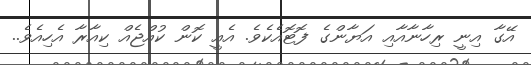
އޭގާ އިނީ ރިހާނާއާއި އަޔާންގެ ފޮޓޮއެކެވެ. އެއީ ކޮން ކުއްޖެއް ކިއާރާ އެހިއެވެ..